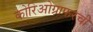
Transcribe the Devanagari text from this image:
कोरिओग्राफरची